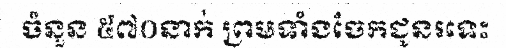
ចំនួន ៥៧០នាក់ ព្រមទាំងចែកជូនរទេះ